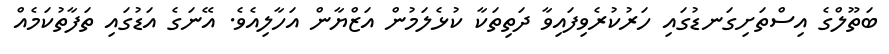
ބަތޫލްގެ އިސްތަށިގަނޑުގައި ހަރުކުރެވިފައިވާ ދަތިތަކާ ކުޅެލަމުން އަޒްޔާން އަހާލިއެވެ. އޭނަގެ އަޑުގައި ތަފާތުކަމެއް